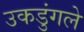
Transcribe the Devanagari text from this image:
उकडुंगले